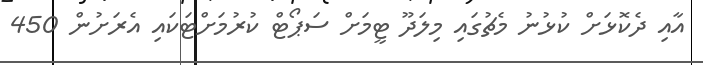
އާއި ދެކޮޅަށް ކުޅުނު މެޗުގައި މިލަދޫ ޓީމަށް ސަޕޯޓް ކުރުމަށްޓަކައި އެރަށުން 450